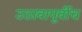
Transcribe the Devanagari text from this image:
उठावापूर्वीच